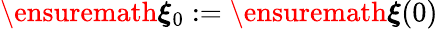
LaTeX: \ensuremath{\boldsymbol{\xi}}_{0}:=\ensuremath{\boldsymbol{\xi}}(0)